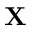
\mathbf { X }